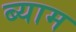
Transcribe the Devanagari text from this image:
ब्याम